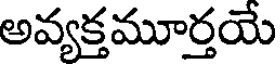
అవ్యక్తమూర్తయే